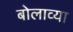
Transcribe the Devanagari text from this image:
बोलाव्या